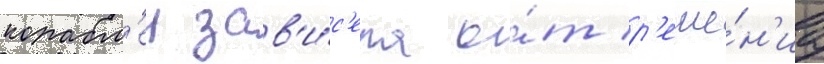
корабл'еи зав'и́с'ела о́т р'еше́н'иа